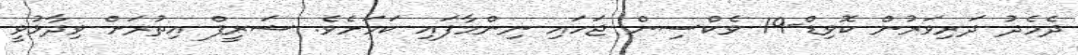
ދެމެދު ދަރިވަރުން ކޮވިޑް-19 ވެކްސިން ޖަހައި ނިންމާފައި ކަމަށެވެ. ޝަރީފް އިތުރަށް ވިދާޅުވީ